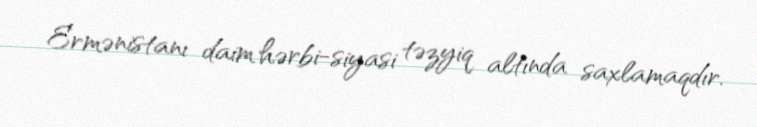
Ermənistanı daim hərbi-siyasi təzyiq altında saxlamaqdır.